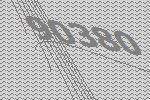
90380